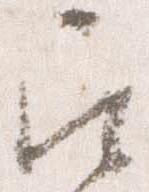
召